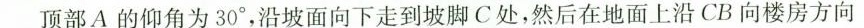
顶部A的仰角为30°，沿坡面向下走到坡脚C处，然后在地面上沿CB向楼房方向